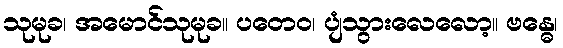
သုမုခ၊ အမောင်သုမုခ။ ပတေဝ၊ ပျံသွားလေလော့။ ဗန္ဓေ၊